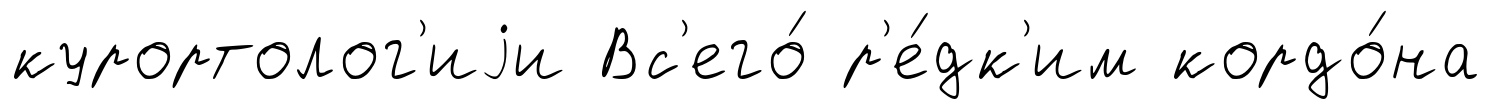
курортолог'иjи Вс'его́ р'е́дк'им кордо́на